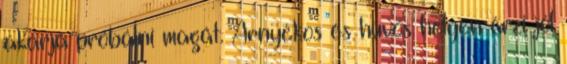
akarja próbálni magát. Árnyékos és hűvös helyen érzi jól